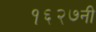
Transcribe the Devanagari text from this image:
१६२७नी